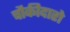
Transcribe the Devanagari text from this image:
चौकीदारो